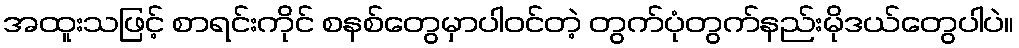
အထူးသဖြင့် စာရင်းကိုင် စနစ်တွေမှာပါဝင်တဲ့ တွက်ပုံတွက်နည်းမိုဒယ်တွေပါပဲ။